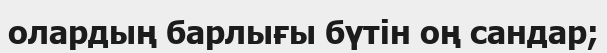
олардың барлығы бүтін оң сандар;